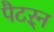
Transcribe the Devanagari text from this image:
पैटऱ्न